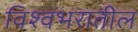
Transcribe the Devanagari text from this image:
विश्वभरातील